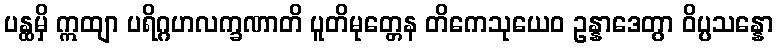
ပန္ထမှိ ဣထျာ ပရိဂ္ဂဟလက္ခဏာတိ ပူတိမုတ္တေန တိကေသုယေဝ ဥန္နာဒေတွာ ဝိပ္ပသန္နော